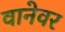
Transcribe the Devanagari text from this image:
वानेवर